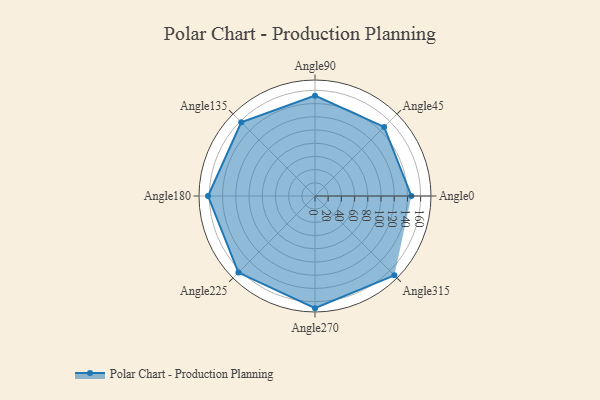
{"axis": {"x": "Angle", "y": "Radius"}, "legend": [""], "data": [{"x": "Angle0", "y": 146.0, "type": ""}, {"x": "Angle45", "y": 148.0, "type": ""}, {"x": "Angle90", "y": 152.0, "type": ""}, {"x": "Angle135", "y": 158.0, "type": ""}, {"x": "Angle180", "y": 162.0, "type": ""}, {"x": "Angle225", "y": 164.0, "type": ""}, {"x": "Angle270", "y": 170, "type": ""}, {"x": "Angle315", "y": 170, "type": ""}]}